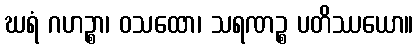
ဃရံ ဂဟဉ္စာ၊ ဝသထော၊ သရဏဉ္စ ပတိဿယော။